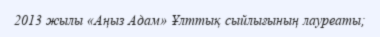
2013 жылы «Аңыз Адам» Ұлттық сыйлығының лауреаты;